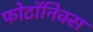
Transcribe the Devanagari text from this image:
फोटॉनिक्स